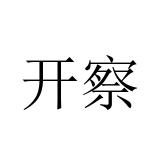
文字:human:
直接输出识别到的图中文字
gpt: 开察